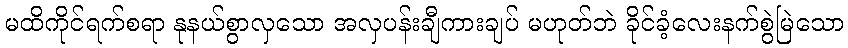
မထိကိုင်ရက်စရာ နုနယ်စွာလှသော အလှပန်းချီကားချပ် မဟုတ်ဘဲ ခိုင်ခံ့လေးနက်စွဲမြဲသော